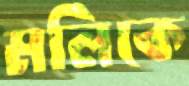
মলিকে